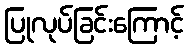
ပြုလုပ်ခြင်းကြောင့်